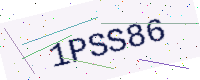
Text: 1PSS86